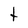
Character: t